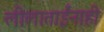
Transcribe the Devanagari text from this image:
लीलाताईंनाही